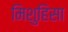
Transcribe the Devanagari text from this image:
मिशुहिसा